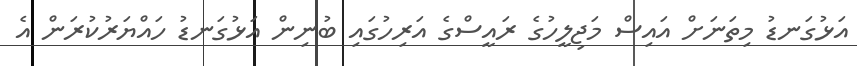
އަޅުގަނޑު މިތަނަށް އައިސް މަޖިލީހުގެ ރައީސްގެ އަރިހުގައި ބުނިން އަޅުގަނޑު ހައްޔަރުކުރަން އެ